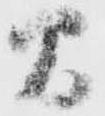
間